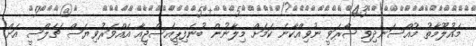
މައުލޫމާތު މުއްސަނދިވި ޝާރަވީ ނުވިއްކާނެ ކަމަށް މިލާނުން ބުނެފިޕީއެސްޖީއާ އެއްވަރުވިޔަސް ޗެލްސީ އަށް